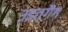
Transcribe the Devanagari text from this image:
उइत्गैंग